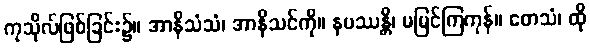
ကုသိုလ်ဖြစ်ခြင်း၌။ အာနိသံသံ၊ အာနိသင်ကို။ နပဿန္တိ၊ မမြင်ကြကုန်။ တေသံ၊ ထို